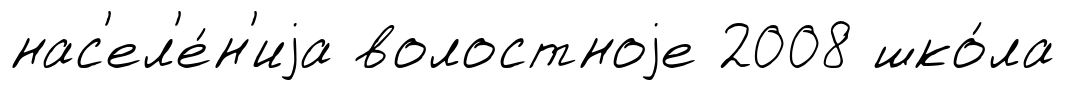
нас'ел'е́н'иjа волостноjе 2008 шко́ла